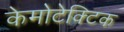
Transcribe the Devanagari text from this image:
केमोटेक्टिक